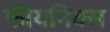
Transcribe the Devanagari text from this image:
फीयनिक्स